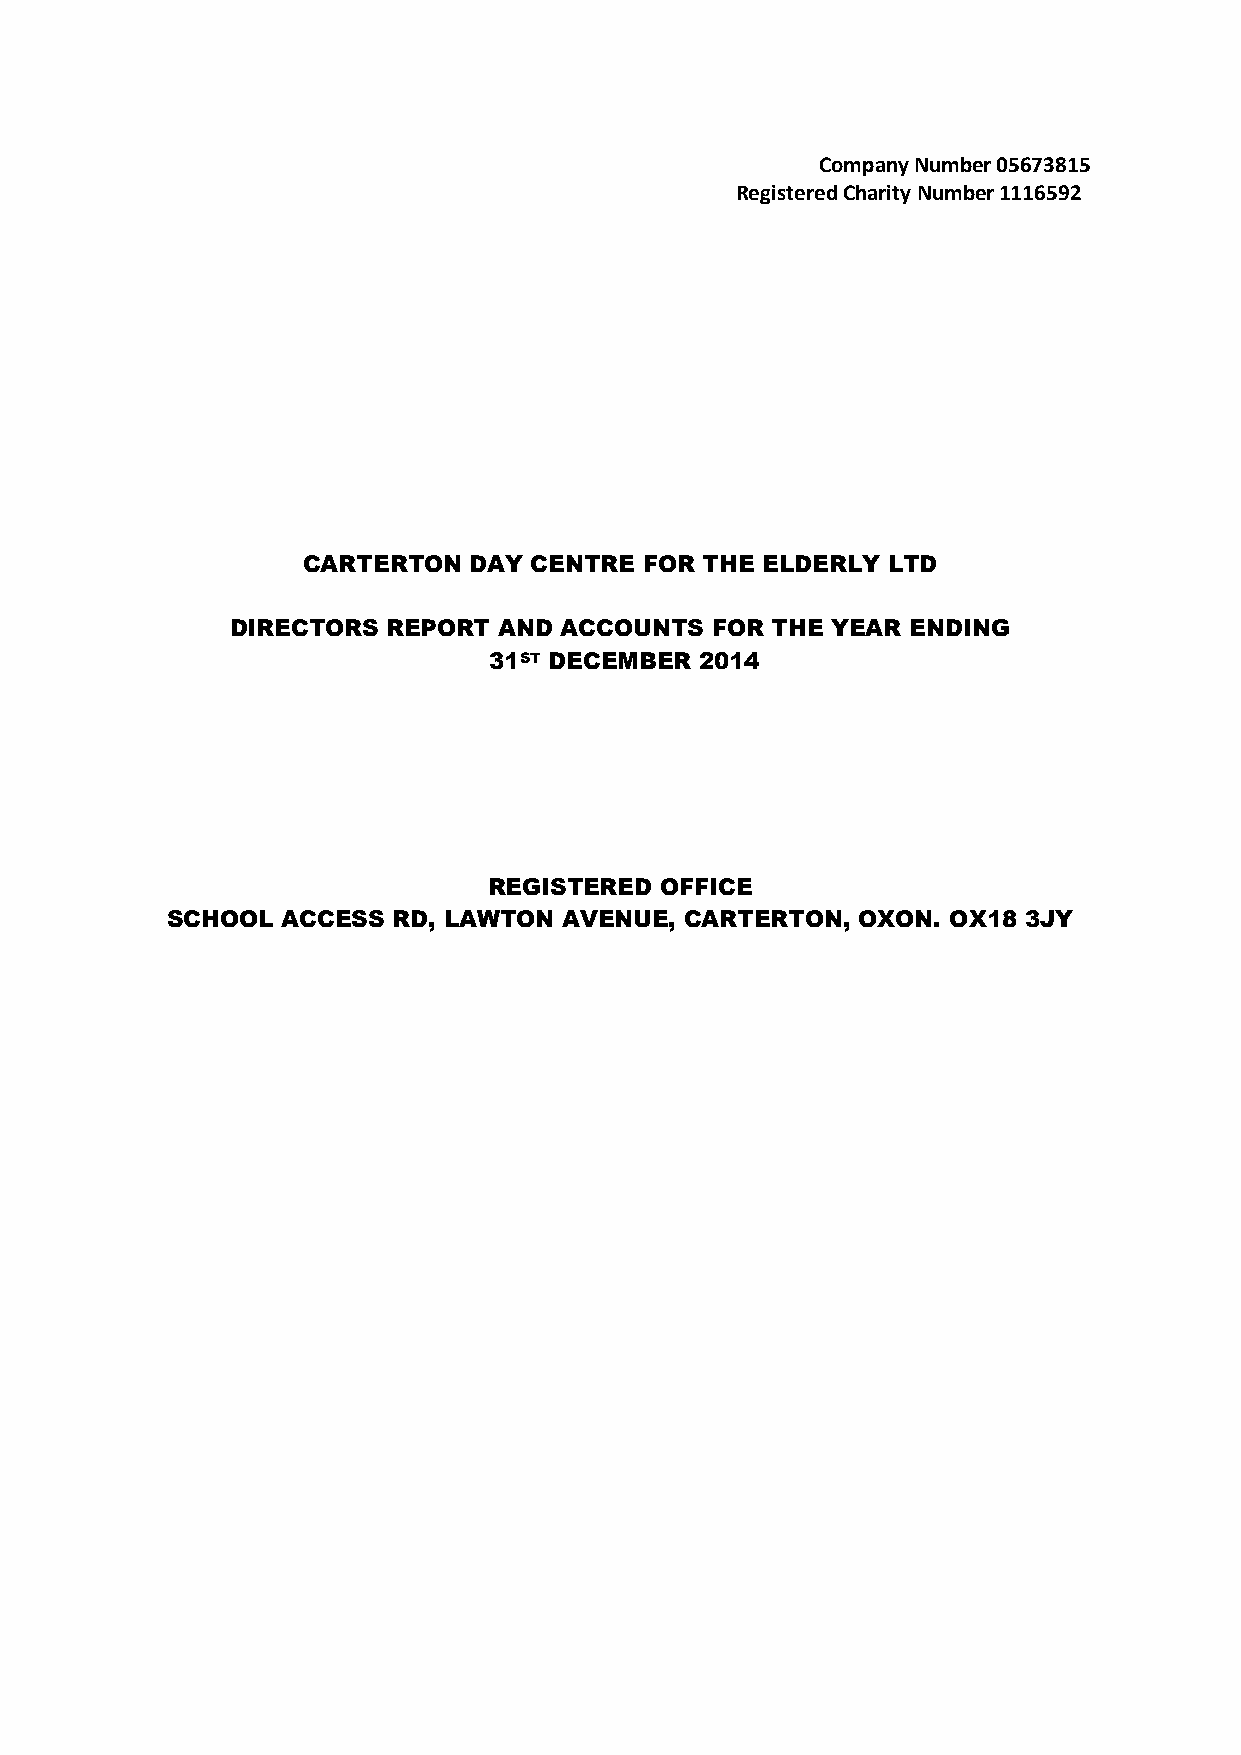
Company Number 05673815
 Registered Charity Number 1116592
 CARTERTON  DAY CENTRE  FOR THE ELDERLY LTD
 DIRECTORS  REPORT AND ACCOUNTS  FOR THE YEAR ENDING
 31ST DECEMBER 2014
 REGISTERED  OFFICE
 SCHOOL  ACCESS RD, LAWTON AVENUE, CARTERTON,  OXON. OX18 3JY